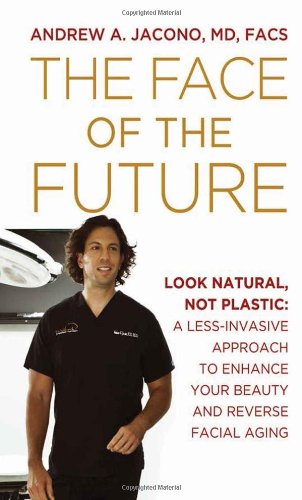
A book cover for The Face of the Future: Look Natural, Not Plastic: A Less-Invasive Approach to Enhance Your Beauty and Reverse Facial Aging; Andrew A. Jacono MD  FACS; Health, Fitness & Dieting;